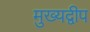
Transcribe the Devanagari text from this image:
मुख्यद्वीप